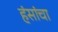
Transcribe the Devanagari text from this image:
हंसांचा